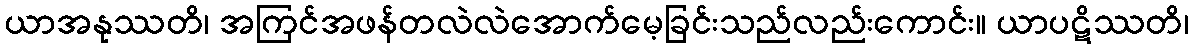
ယာအနုဿတိ၊ အကြင်အဖန်တလဲလဲအောက်မေ့ခြင်းသည်လည်းကောင်း။ ယာပဋိဿတိ၊